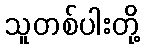
သူတစ်ပါးတို့